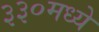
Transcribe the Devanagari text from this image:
३३०मध्ये